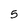
Character: 5